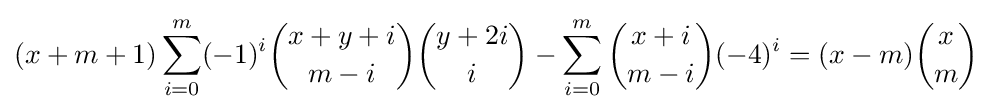
(x+m+1)\sum _{i=0}^{m}(-1)^{i}{\dbinom {x+y+i}{m-i}}{\dbinom {y+2i}{i}}-\sum _{i=0}^{m}{\dbinom {x+i}{m-i}}(-4)^{i}=(x-m){\dbinom {x}{m}}